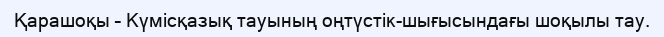
Қарашоқы – Күмісқазық тауының оңтүстік-шығысындағы шоқылы тау.